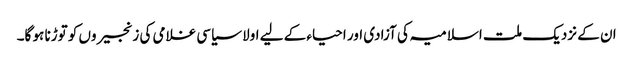
ان کے نزدیک ملت اسلامیہ کی آزادی اور احیاء کے لیے اولا سیاسی غلامی کی زنجیروں کو توڑنا ہو گا۔